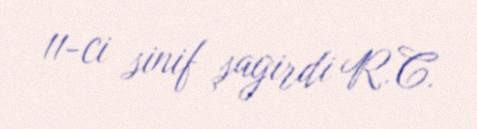
11-ci sinif şagirdi R.C.